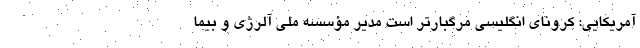
آمریکایی: کرونای انگلیسی مرگبارتر است مدیر مؤسسه ملی آلرژی و بیما